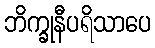
ဘိက္ခုနီပရိသာပေ